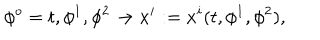
\phi ^ { o } = t , \phi ^ { 1 } , \phi ^ { 2 } \to x ^ { i } : = x ^ { i } ( t , \phi ^ { 1 } , \phi ^ { 2 } ) ,